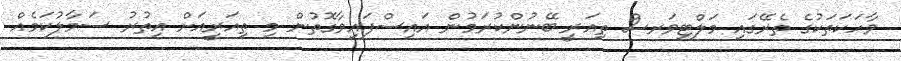
ވާހަކަތަކުގެ ތެރޭގައި މަލްޓިވަރސް ތިއަރީ ބޭނުންކުރަމުން އައިސްފައިވާގޮތުން މި ތިއަރީއަށް އިތުރު ސަމާލުކަމެއް